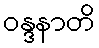
ဝန္ဒနာတိ